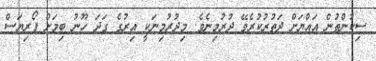
ސިކުންތުން އައްޔަށް ދަތުރުކުރެވޭ ދުރުމިނެވެ. މިދުރުމިނަކީ އިރުގެ ގަދަ ހޫނު ބިމަށް ފޯރިޔަސް